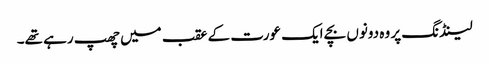
لینڈنگ پر وہ دونوں بچے ایک عورت کے عقب میں چھپ رہے تھے۔